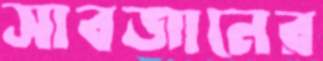
সাবজানের